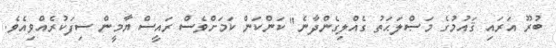
ބުރޫ އަރައި ޤައުމުގެ މަޞްލަޙަތު ގެއްލިގެންދާނެ" ކަންކަން ކަމަށްވެސް ރައީސް ޔާމީން ސިފަކުރެއްވިއެވެ.